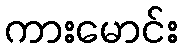
ကားမောင်း